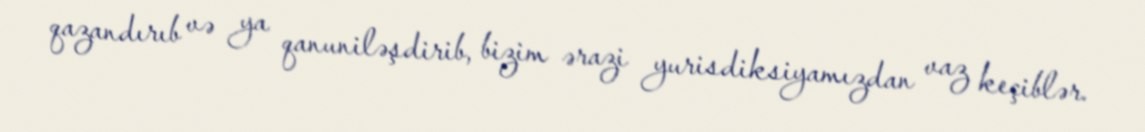
qazandırıb və ya qanuniləşdirib, bizim ərazi yurisdiksiyamızdan vaz keçiblər.